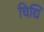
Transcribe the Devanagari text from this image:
चिद्यि